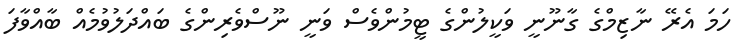
ހަމަ އެރޭ ނާޒިމްގެ ގާނޫނީ ވަކީލުންގެ ޓީމުންވެސް ވަނީ ނޫސްވެރިންގެ ބައްދަލުވުމެއް ބާއްވާފަ